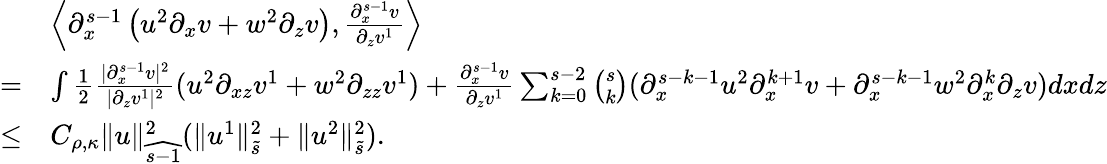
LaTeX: \begin{array}{rl}&{\left\langle\partial_{x}^{s-1}\left(u^{2}\partial_{x}v+w^{2}\partial_{z}v\right),\frac{\partial_{x}^{s-1}v}{\partial_{z}v^{1}}\right\rangle}\\ {=}&{\int\frac{1}{2}\frac{|\partial_{x}^{s-1}v|^{2}}{|\partial_{z}v^{1}|^{2}}(u^{2}\partial_{xz}v^{1}+w^{2}\partial_{zz}v^{1})+\frac{\partial_{x}^{s-1}v}{\partial_{z}v^{1}}\sum_{k=0}^{s-2}\binom{s}{k}(\partial_{x}^{s-k-1}u^{2}\partial_{x}^{k+1}v+\partial_{x}^{s-k-1}w^{2}\partial_{x}^{k}\partial_{z}v)dxdz}\\ {\leq}&{C_{\rho,\kappa}\| u\| _{\widehat{s-1}}^{2}(\| u^{1}\| _{\tilde{s}}^{2}+\| u^{2}\| _{\tilde{s}}^{2}).}\end{array}